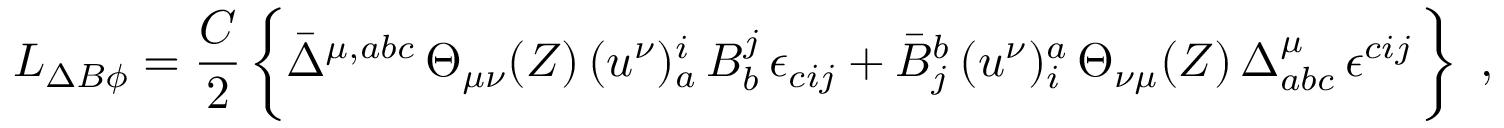
{ \cal L } _ { \Delta B \phi } = \frac { { \cal C } } { 2 } \, \biggl \{ \bar { \Delta } ^ { \mu , a b c } \, \Theta _ { \mu \nu } ( Z ) \, ( u ^ { \nu } ) _ { a } ^ { i } \, B _ { b } ^ { j } \, \epsilon _ { c i j } + \bar { B } _ { j } ^ { b } \, ( u ^ { \nu } ) _ { i } ^ { a } \, \Theta _ { \nu \mu } ( Z ) \, { \Delta } _ { a b c } ^ { \mu } \, \epsilon ^ { c i j } \, \biggr \} \, \, \, ,